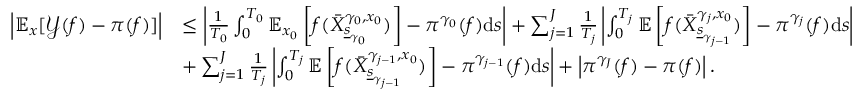
\begin{array} { r l } { \left| \mathbb { E } _ { x } [ \mathcal { Y } ( f ) - \pi ( f ) ] \right| } & { \le \left| \frac { 1 } { T _ { 0 } } \int _ { 0 } ^ { T _ { 0 } } \mathbb { E } _ { x _ { 0 } } \left[ f ( \bar { X } _ { \underline { { s } } _ { \gamma _ { 0 } } } ^ { \gamma _ { 0 } , x _ { 0 } } ) \right] - \pi ^ { \gamma _ { 0 } } ( f ) \mathrm { d } s \right| + \sum _ { j = 1 } ^ { J } \frac { 1 } { T _ { j } } \left| \int _ { 0 } ^ { T _ { j } } \mathbb { E } \left[ f ( \bar { X } _ { \underline { { s } } _ { \gamma _ { j - 1 } } } ^ { \gamma _ { j } , x _ { 0 } } ) \right] - \pi ^ { \gamma _ { j } } ( f ) \mathrm { d } s \right| } \\ & { + \sum _ { j = 1 } ^ { J } \frac { 1 } { T _ { j } } \left| \int _ { 0 } ^ { T _ { j } } \mathbb { E } \left[ f ( \bar { X } _ { \underline { { s } } _ { \gamma _ { j - 1 } } } ^ { \gamma _ { j - 1 } , x _ { 0 } } ) \right] - \pi ^ { \gamma _ { j - 1 } } ( f ) \mathrm { d } s \right| + \left| \pi ^ { \gamma _ { J } } ( f ) - \pi ( f ) \right| . } \end{array}